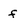
Character: f